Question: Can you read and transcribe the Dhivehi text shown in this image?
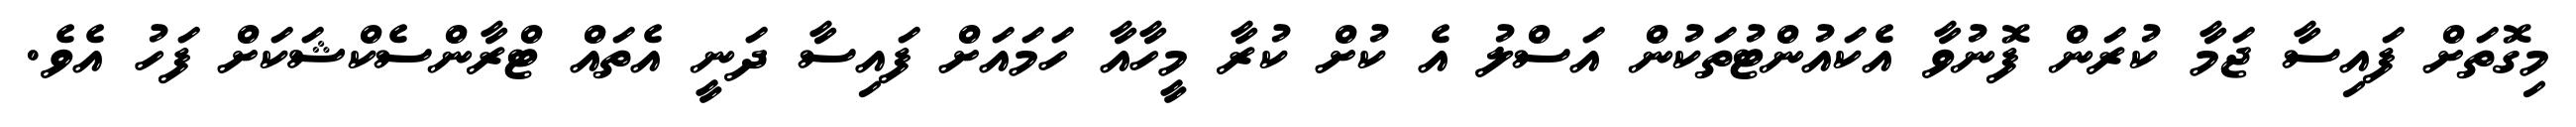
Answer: މިގޮތަށް ފައިސާ ޖަމާ ކުރަން ފޮނުވާ އެކައުންޓުތަކުން އަސްލު އެ ކުށް ކުރާ މީހާއާ ހަމައަށް ފައިސާ ދަނީ އެތައް ޓްރާންސެކްޝަކަށް ފަހު އެވެ.